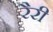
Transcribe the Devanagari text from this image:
रैरी